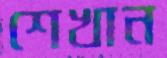
শেখান